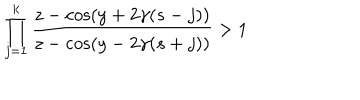
\prod _ { j = 1 } ^ { k } \frac { z - \cos ( y + 2 \gamma ( s - j ) ) } { z - \cos ( y - 2 \gamma ( s + j ) ) } > 1